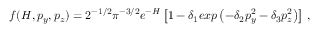
\begin{array} { r } { f ( H , p _ { y } , p _ { z } ) = 2 ^ { - 1 / 2 } \pi ^ { - 3 / 2 } e ^ { - H } \left[ 1 - \delta _ { 1 } e x p \left( - \delta _ { 2 } p _ { y } ^ { 2 } - \delta _ { 3 } p _ { z } ^ { 2 } \right) \right] \, , } \end{array}